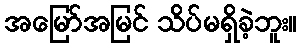
အမြော်အမြင် သိပ်မရှိခဲ့ဘူး။